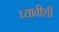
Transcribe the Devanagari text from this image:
घ्यावीशी